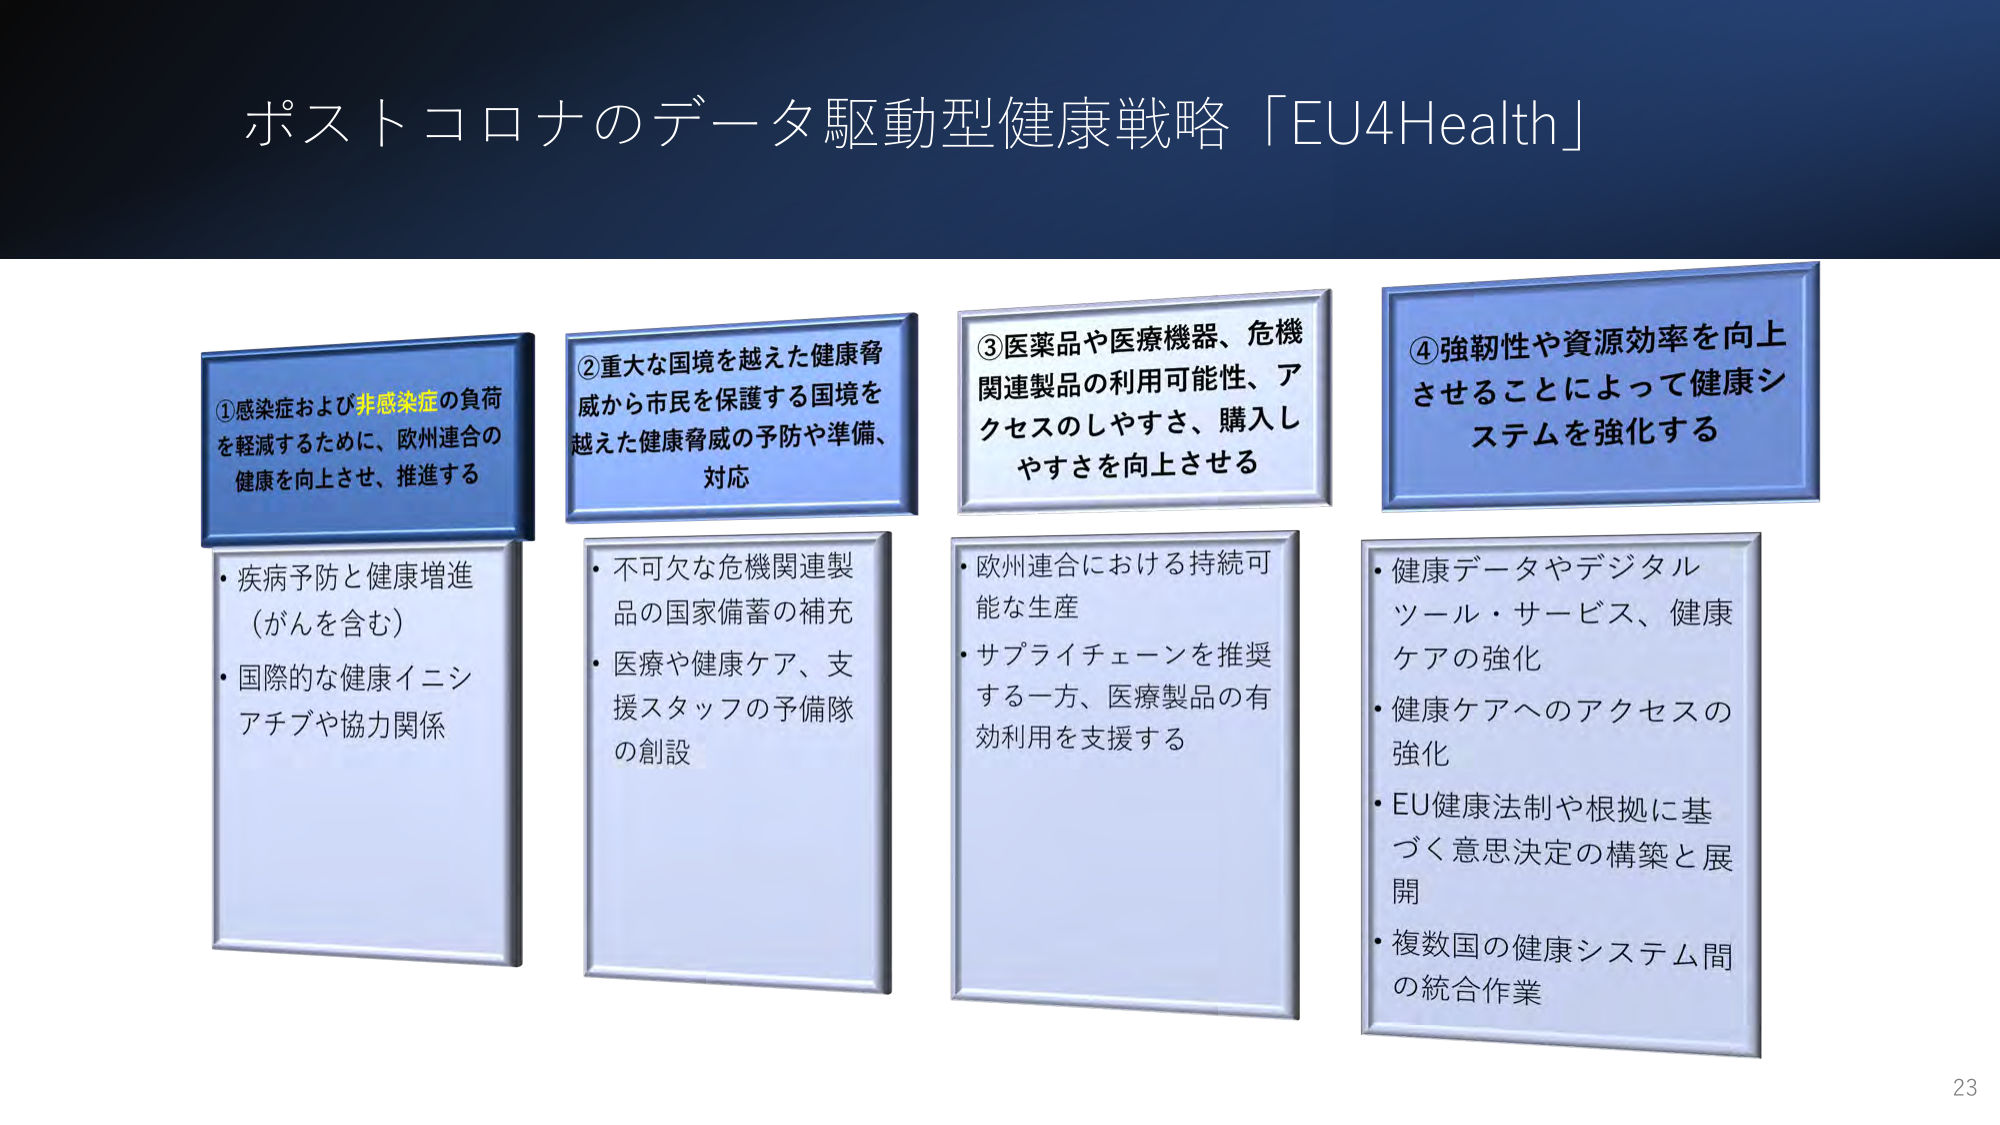
ポストコロナのデータ駆動型健康戦略「EU4Health」

①感染症および非感染症の負荷
を軽減するために、欧州連合の
健康を向上させ、推進する
・疾病予防と健康増進
（がんを含む）
・国際的な健康イニシ
アチブや協力関係

②重大な国境を越えた健康脅
威から市民を保護する国境を
越えた健康脅威の予防や準備、
対応
・不可欠な危機関連製
品の国家備蓄の補充
・医療や健康ケア、支
援スタッフの予備隊
の創設

③医薬品や医療機器、危機
関連製品の利用可能性、ア
クセスのしやすさ、購入し
やすさを向上させる
・欧州連合における持続可
能な生産
・サプライチェーンを推奨
する一方、医療製品の有
効利用を支援する

④強靭性や資源効率を向上
させることによって健康シ
ステムを強化する
・健康データやデジタル
ツール・サービス、健康
ケアの強化
・健康ケアへのアクセスの
強化
・EU健康法制や根拠に基
づく意思決定の構築と展
開
・複数国の健康システム間
の統合作業

23